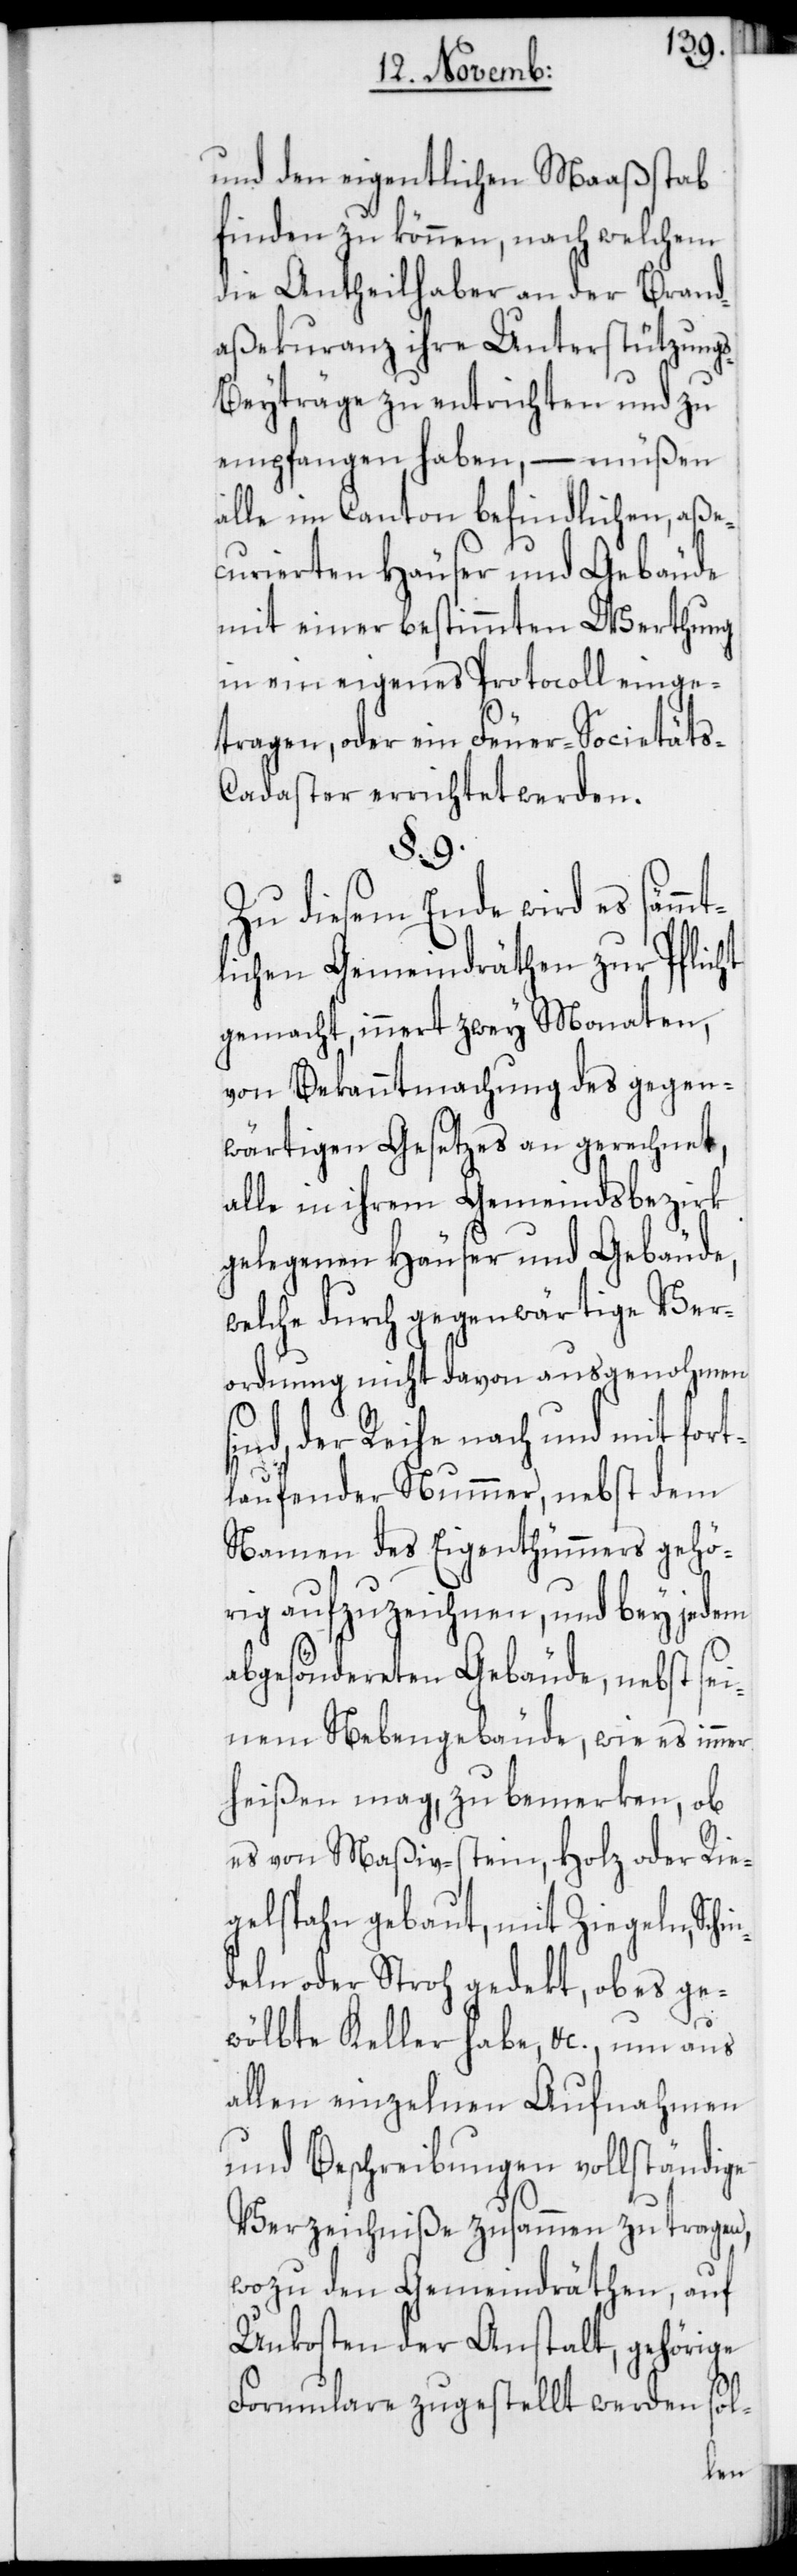
und den eigentlichen Maaßstab
finden zu können, nach welchem
die Antheilhaber an der Brand¬
aßekuranz ihre Unterstützung¬
s-Beyträge zu entrichten und zu
empfangen haben, – müßen
alle im Canton befindlichen, aße¬
curierten Häuser und Gebäude
mit einer bestimmten Werthung
in ein eigenes Protocoll einge¬
tragen, oder ein Feuer-Societäts-C¬
adaster errichtet werden.
s¬
Zu diesem Ende wird es sämmt¬
lichen Gemeindräthen zur Pflicht
gemacht, innert zwey Monaten,
von Bekanntmachung des gegen¬
wärtigen Gesetzes an gerechnet,
alle in ihrem Gemeindsbezirk
gelegegen Häuser und Gebäude,
welche durch gegenwärtige Ver¬
ordnung nicht davon ausgenohmen
ind, der Reihe nach und mit fort¬
laufender Nummer, nebst dem
Namen des Eigenthümmers gehö¬
rig aufzuzeichnen, und bey jedem
abgesöndereten Gebäude, nebst sei¬
nem Nebengebäude, wie es immer
heißen mag, zu bemerken, ob
es von Maßiv-stein, Holz oder Rie¬
gelspahn gebaut, mit Ziegeln, Schi¬
ndeln oder Stroh gedekt, ob es ge¬
wölbte Keller habe, &c., um aus
allen einzelnen Aufnahmen
und Beschreibungen vollständige
Verzeichniße zusammen zu tragen,
wozu den Gemeindräthen, auf
Unkosten der Anstalt, gehörige
Formulare zugestellt werden sol-